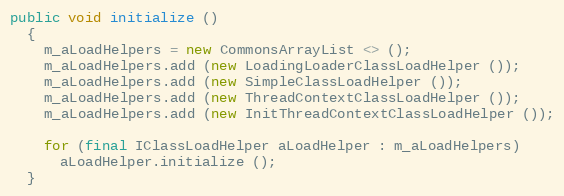
Language: Java
public void initialize ()
  {
    m_aLoadHelpers = new CommonsArrayList <> ();
    m_aLoadHelpers.add (new LoadingLoaderClassLoadHelper ());
    m_aLoadHelpers.add (new SimpleClassLoadHelper ());
    m_aLoadHelpers.add (new ThreadContextClassLoadHelper ());
    m_aLoadHelpers.add (new InitThreadContextClassLoadHelper ());

    for (final IClassLoadHelper aLoadHelper : m_aLoadHelpers)
      aLoadHelper.initialize ();
  }